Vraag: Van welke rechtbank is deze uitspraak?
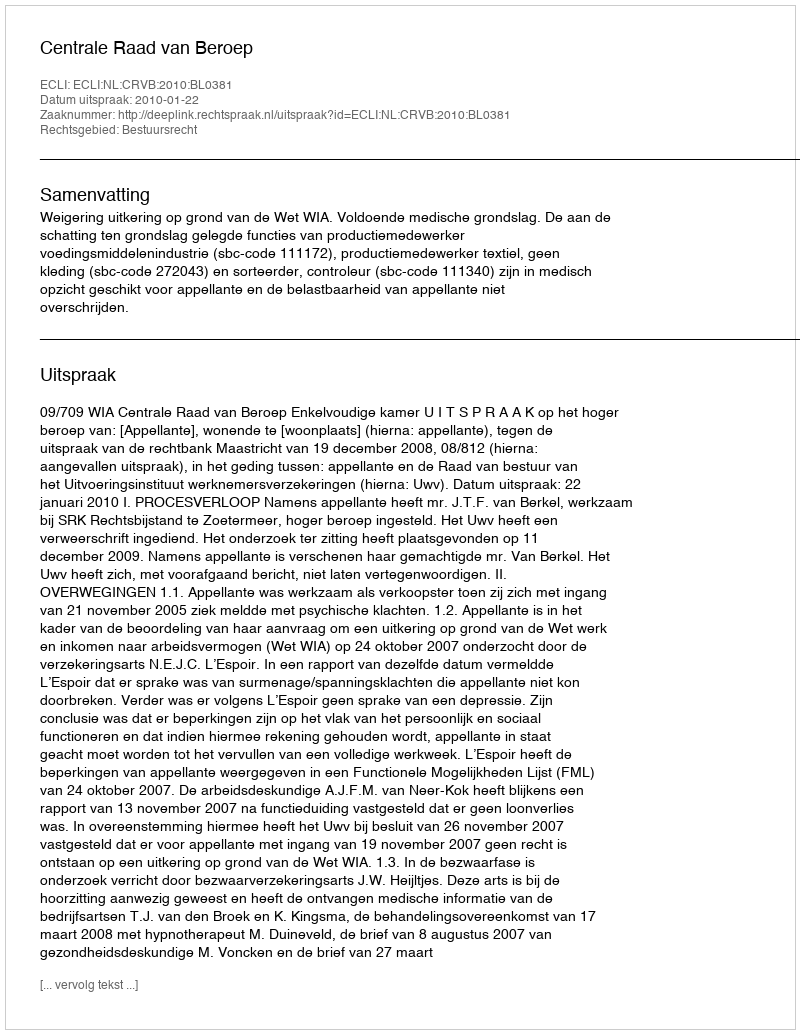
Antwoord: Centrale Raad van Beroep